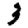
Digit: 3